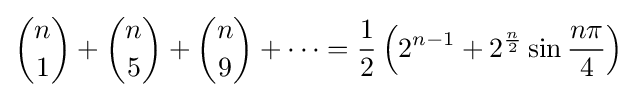
{\binom {n}{1}}+{\binom {n}{5}}+{\binom {n}{9}}+\cdots ={\frac {1}{2}}\left(2^{n-1}+2^{\frac {n}{2}}\sin {\frac {n\pi }{4}}\right)